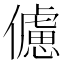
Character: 儢